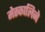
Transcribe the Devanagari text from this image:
मेस्कालिने